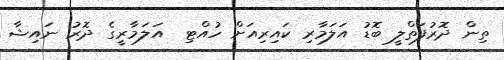
ތިން ދޮރުފަތްލީ ބޮޑު އަލަމާރި ކައިރިއަށް ހުއްޓި  އަލަމާރީގެ ދޮރު ނައިޝާ